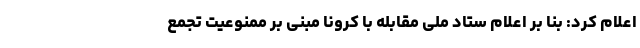
اعلام کرد: بنا بر اعلام ستاد ملی مقابله با کرونا مبنی بر ممنوعیت تجمع